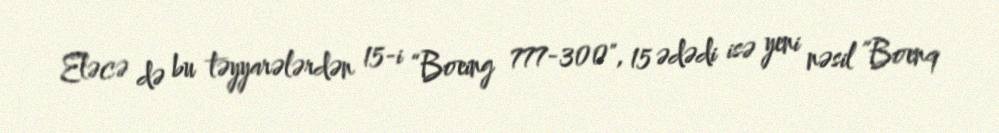
Eləcə də bu təyyarələrdən 15-i “Boeing 777-300", 15 ədədi isə yeni nəsil ”Boenq